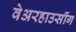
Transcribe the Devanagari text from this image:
वेअरहाउसींग